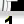
Digit: 1